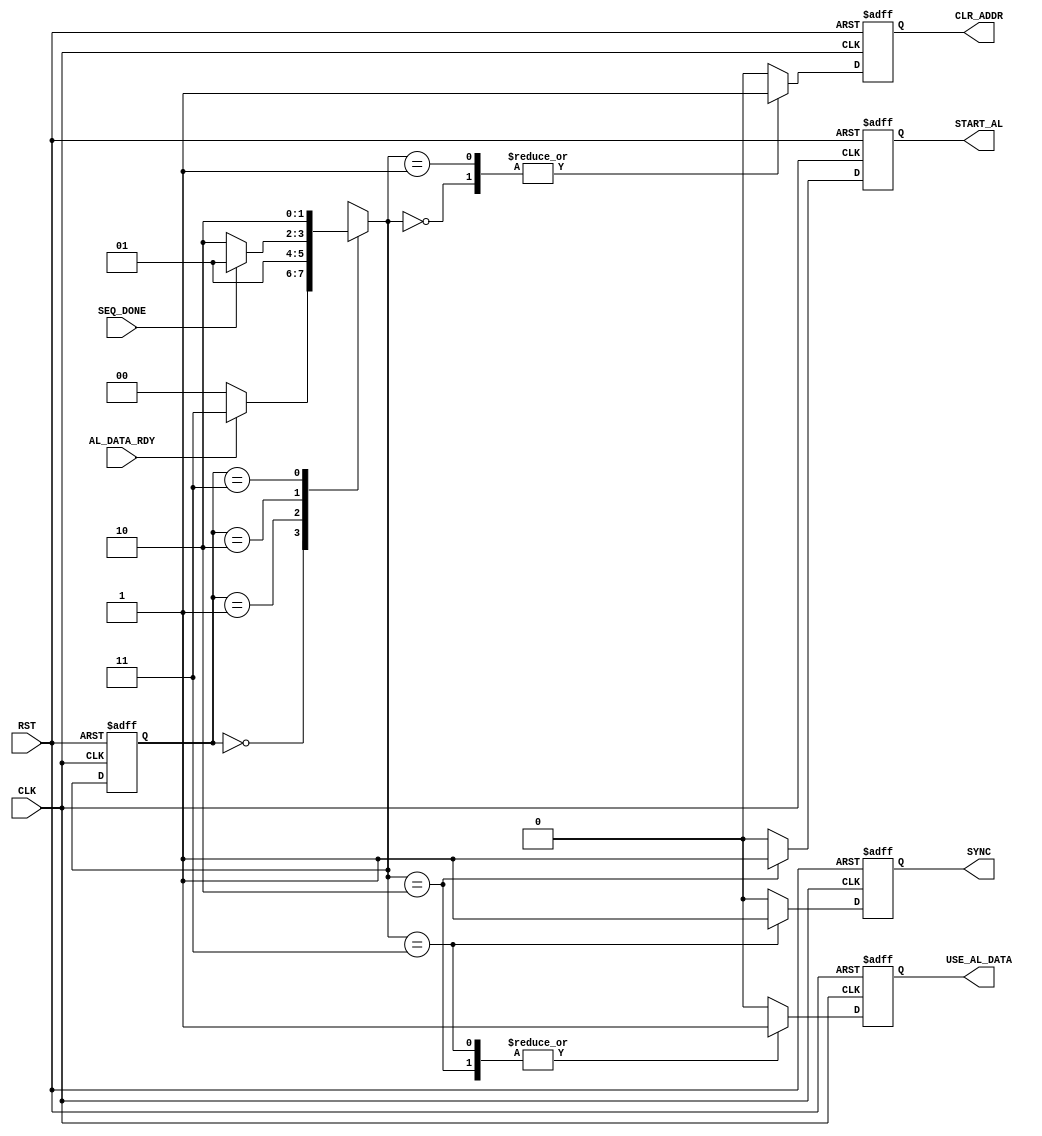

// Created by fizzim_tmr.pl version $Revision: 4.44 on 2019:04:13 at 14:27:54 (www.fizzim.com)

module Auto_Load_I2C_FSM (
  output reg CLR_ADDR,
  output reg START_AL,
  output reg SYNC,
  output reg USE_AL_DATA,
  input AL_DATA_RDY,
  input CLK,
  input RST,
  input SEQ_DONE 
);

  // state bits
  parameter 
  Idle       = 2'b00, 
  Clr_Addr   = 2'b01, 
  Start_Test = 2'b10, 
  Sync       = 2'b11; 

  reg [1:0] state;


  reg [1:0] nextstate;


  reg [15:0] gcnt;

  // comb always block
  always @* begin
    nextstate = 2'bxx; // default to x because default_state_is_x is set
    case (state)
      Idle      : if (AL_DATA_RDY)  nextstate = Sync;
                  else              nextstate = Idle;
      Clr_Addr  :                   nextstate = Clr_Addr;
      Start_Test: if (SEQ_DONE)     nextstate = Clr_Addr;
                  else              nextstate = Start_Test;
      Sync      :                   nextstate = Start_Test;
    endcase
  end

  // Assign reg'd outputs to state bits

  // sequential always block
  always @(posedge CLK or posedge RST) begin
    if (RST)
      state <= Idle;
    else
      state <= nextstate;
  end

  // datapath sequential always block
  always @(posedge CLK or posedge RST) begin
    if (RST) begin
      CLR_ADDR <= 0;
      START_AL <= 0;
      SYNC <= 0;
      USE_AL_DATA <= 0;
      gcnt <= 16'h0000;
    end
    else begin
      CLR_ADDR <= 0; // default
      START_AL <= 0; // default
      SYNC <= 0; // default
      USE_AL_DATA <= 0; // default
      gcnt <= 16'h0000; // default
      case (nextstate)
        Idle      :        CLR_ADDR <= 1;
        Clr_Addr  :        CLR_ADDR <= 1;
        Start_Test: begin
                           START_AL <= 1;
                           USE_AL_DATA <= 1;
        end
        Sync      : begin
                           SYNC <= 1;
                           USE_AL_DATA <= 1;
        end
      endcase
    end
  end

  // This code allows you to see state names in simulation
  `ifndef SYNTHESIS
  reg [79:0] statename;
  always @* begin
    case (state)
      Idle      : statename = "Idle";
      Clr_Addr  : statename = "Clr_Addr";
      Start_Test: statename = "Start_Test";
      Sync      : statename = "Sync";
      default   : statename = "XXXXXXXXXX";
    endcase
  end
  `endif

endmodule